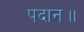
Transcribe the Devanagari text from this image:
पदान॥